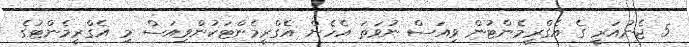
5 ޖެނުއަރީ ގެ އެގްރީމެންޓުން ވިއަސް ނުވަތަ އެހެން އެގްރީމެންޓަކުންވިއަސް މި އެގްރީމެންޓުގެ